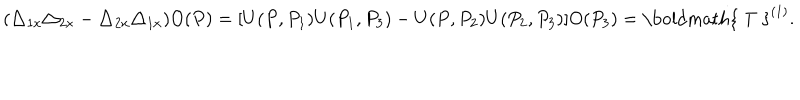
LaTeX: ( \triangle _ { 1 x } \triangle _ { 2 x } - \triangle _ { 2 x } \triangle _ { 1 x } ) O ( P ) = [ U ( P , P _ { 1 } ) U ( P _ { 1 } , P _ { 3 } ) - U ( P , P _ { 2 } ) U ( P _ { 2 } , P _ { 3 } ) ] O ( P _ { 3 } ) = \mathrm { \boldmath { ~ T ~ } } ^ { ( 1 ) } .